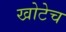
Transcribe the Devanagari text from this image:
खोटेच